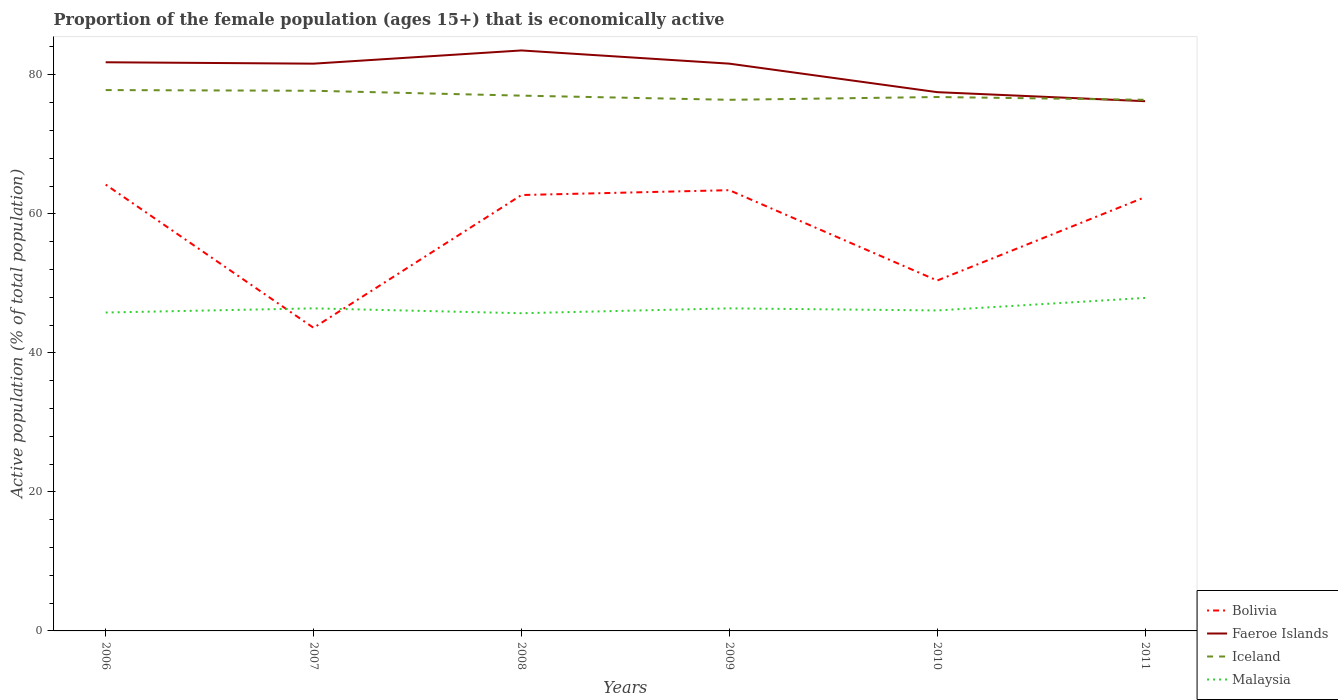
| Years | Bolivia | Faeroe Islands | Iceland | Malaysia |
 | --- | --- | --- | --- | --- |
 | 2006 | 64.2 | 81.8 | 77.8 | 45.8 |
 | 2007 | 43.6 | 81.6 | 77.7 | 46.4 |
 | 2008 | 62.7 | 83.5 | 77 | 45.7 |
 | 2009 | 63.4 | 81.6 | 76.4 | 46.4 |
 | 2010 | 50.4 | 77.5 | 76.8 | 46.1 |
 | 2011 | 62.4 | 76.2 | 76.4 | 47.9 |